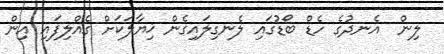
ލިން  އެނދުގެ ހެޑް ބޯޑުގައި ލެނގިލައިގެން ޚިޔާލަކަށް ގެއްލިފައި އިން